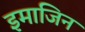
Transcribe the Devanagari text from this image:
इमाजिन